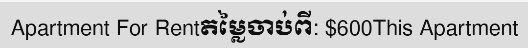
Apartment For Rentតម្លៃចាប់ពី: $600This Apartment